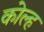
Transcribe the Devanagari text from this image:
कोल्ह